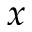
x